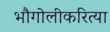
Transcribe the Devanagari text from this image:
भौगोलीकरित्या